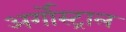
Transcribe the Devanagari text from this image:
अर्गोस्ट्राल